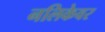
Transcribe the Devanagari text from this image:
नलिकेवर